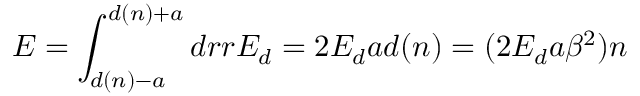
E = \int _ { d ( n ) - a } ^ { d ( n ) + a } d r r { \cal E } _ { d } = 2 { \cal E } _ { d } a d ( n ) = ( 2 { \cal E } _ { d } a \beta ^ { 2 } ) n